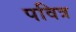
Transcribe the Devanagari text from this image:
पवित्र